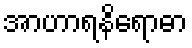
အာဟာရနိရောဓာ